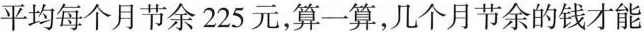
平均每个月节余225元，算一算，几个月节余的钱才能